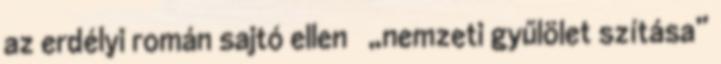
az erdélyi román sajtó ellen → „nemzeti gyűlölet szítása”